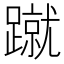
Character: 蹴